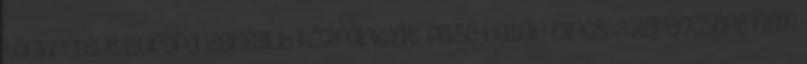
tönkretéve Európa legrégibb közparkját. felső határ nincs: szerencsére nem